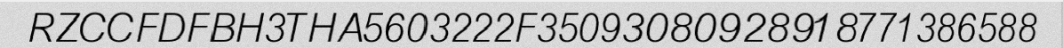
RZCCFDFBH3THA5603222F35093080928918771386588